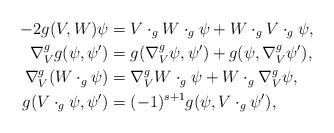
LaTeX: \begin{align*}- 2 g(V,W) \psi &= V \cdot_g W \cdot_g \psi + W \cdot_g V \cdot_g \psi, \\\nabla^g_V g(\psi, \psi') &= g(\nabla^g_V \psi, \psi') + g(\psi, \nabla^g_V \psi'), \\ \nabla^g_V(W \cdot_g \psi) &= \nabla^g_V W \cdot_g \psi + W \cdot_g \nabla^g_V \psi, \\g(V \cdot_g \psi, \psi') & = (-1)^{s+1} g(\psi, V \cdot_g \psi'), \end{align*}